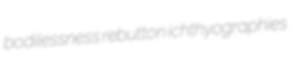
bodilessness rebutton ichthyographies